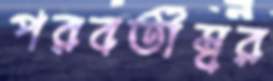
পরবর্তীস্বর